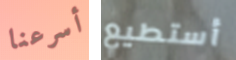
أسرعنا أستطيع